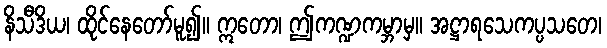
နိသီဒိယ၊ ထိုင်နေတော်မူ၍။ ဣတော၊ ဤကဏ္ဍကမ္ဘာမှ။ အဋ္ဌာရသေကပ္ပသတေ၊